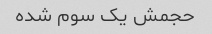
حجمش یک سوم شده